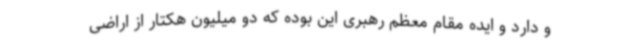
و دارد و ایده مقام معظم رهبری این بوده که دو میلیون هکتار از اراضی